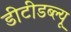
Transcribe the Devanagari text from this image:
डीटीडब्ल्यू